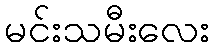
မင်းသမီးလေး